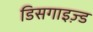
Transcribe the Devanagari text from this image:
डिसगाइज़्ड